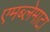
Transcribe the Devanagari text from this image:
एमब्लेमाटा